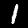
Label: 1